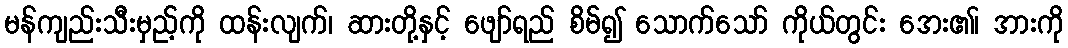
မန်ကျည်းသီးမှည့်ကို ထန်းလျက်၊ ဆားတို့နှင့် ဖျော်ရည် စိမ်၍ သောက်သော် ကိုယ်တွင်း အေး၏၊ အားကို